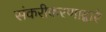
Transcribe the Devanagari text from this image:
संकरीकरणाद्वारे